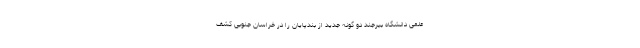
علمی دانشگاه بیرجند دو گونه جدید از بندپایان را در خراسان جنوبی کشف